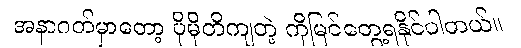
အနာဂတ်မှာတော့ ပိုမိုတိကျတဲ့ ကိုမြင်တွေ့ရနိုင်ပါတယ်။